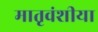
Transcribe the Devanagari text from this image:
मातृवंशीया